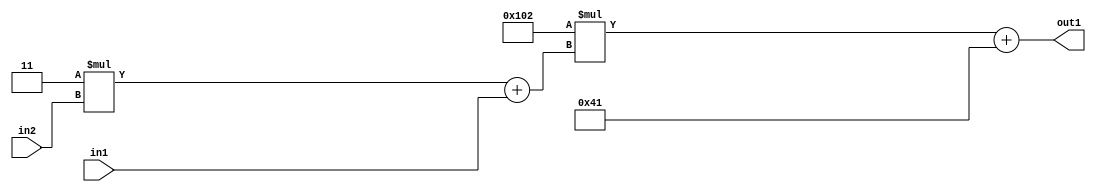
`timescale 1ps / 1ps
/*****************************************************************************
    Verilog RTL Description
    
    
    Created by: Stratus DpOpt 2019.1.01 
*******************************************************************************/

module DC_Filter_Add2i65Mul2i258Add2u1Mul2i3u2_4 (
	in2,
	in1,
	out1
	); /* architecture "behavioural" */ 
input [1:0] in2;
input  in1;
output [11:0] out1;
wire [11:0] asc001;
wire [3:0] asc002;

wire [3:0] asc002_tmp_0;
assign asc002_tmp_0 = 
	+(4'B0011 * in2);
assign asc002 = asc002_tmp_0
	+(in1);

wire [11:0] asc001_tmp_1;
assign asc001_tmp_1 = 
	+(12'B000100000010 * asc002);
assign asc001 = asc001_tmp_1
	+(12'B000001000001);

assign out1 = asc001;
endmodule

/* CADENCE  v7bzTgE= : u9/ySgnWtBlWxVPRXgAZ4Og= ** DO NOT EDIT THIS LINE ******/